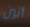
أنين